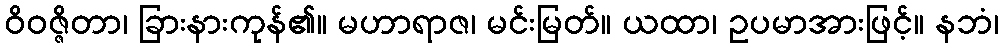
ဝိဝဇ္ဇိတာ၊ ခြားနားကုန်၏။ မဟာရာဇ၊ မင်းမြတ်။ ယထာ၊ ဥပမာအားဖြင့်။ နဘံ၊